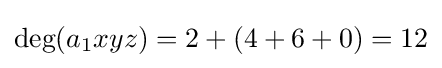
{\text{deg}}(a_{1}xyz)=2+(4+6+0)=12